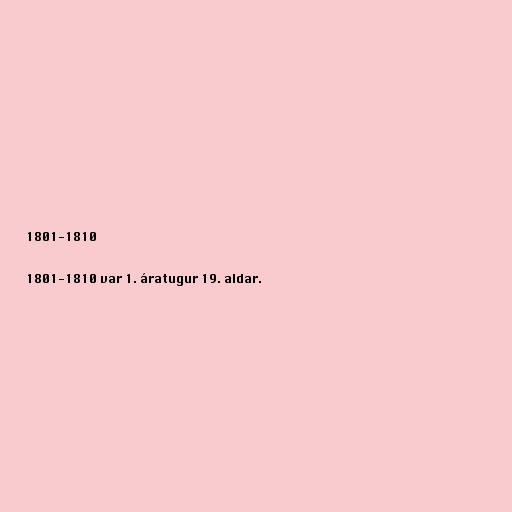
1801-1810

1801-1810 var 1. áratugur 19. aldar.